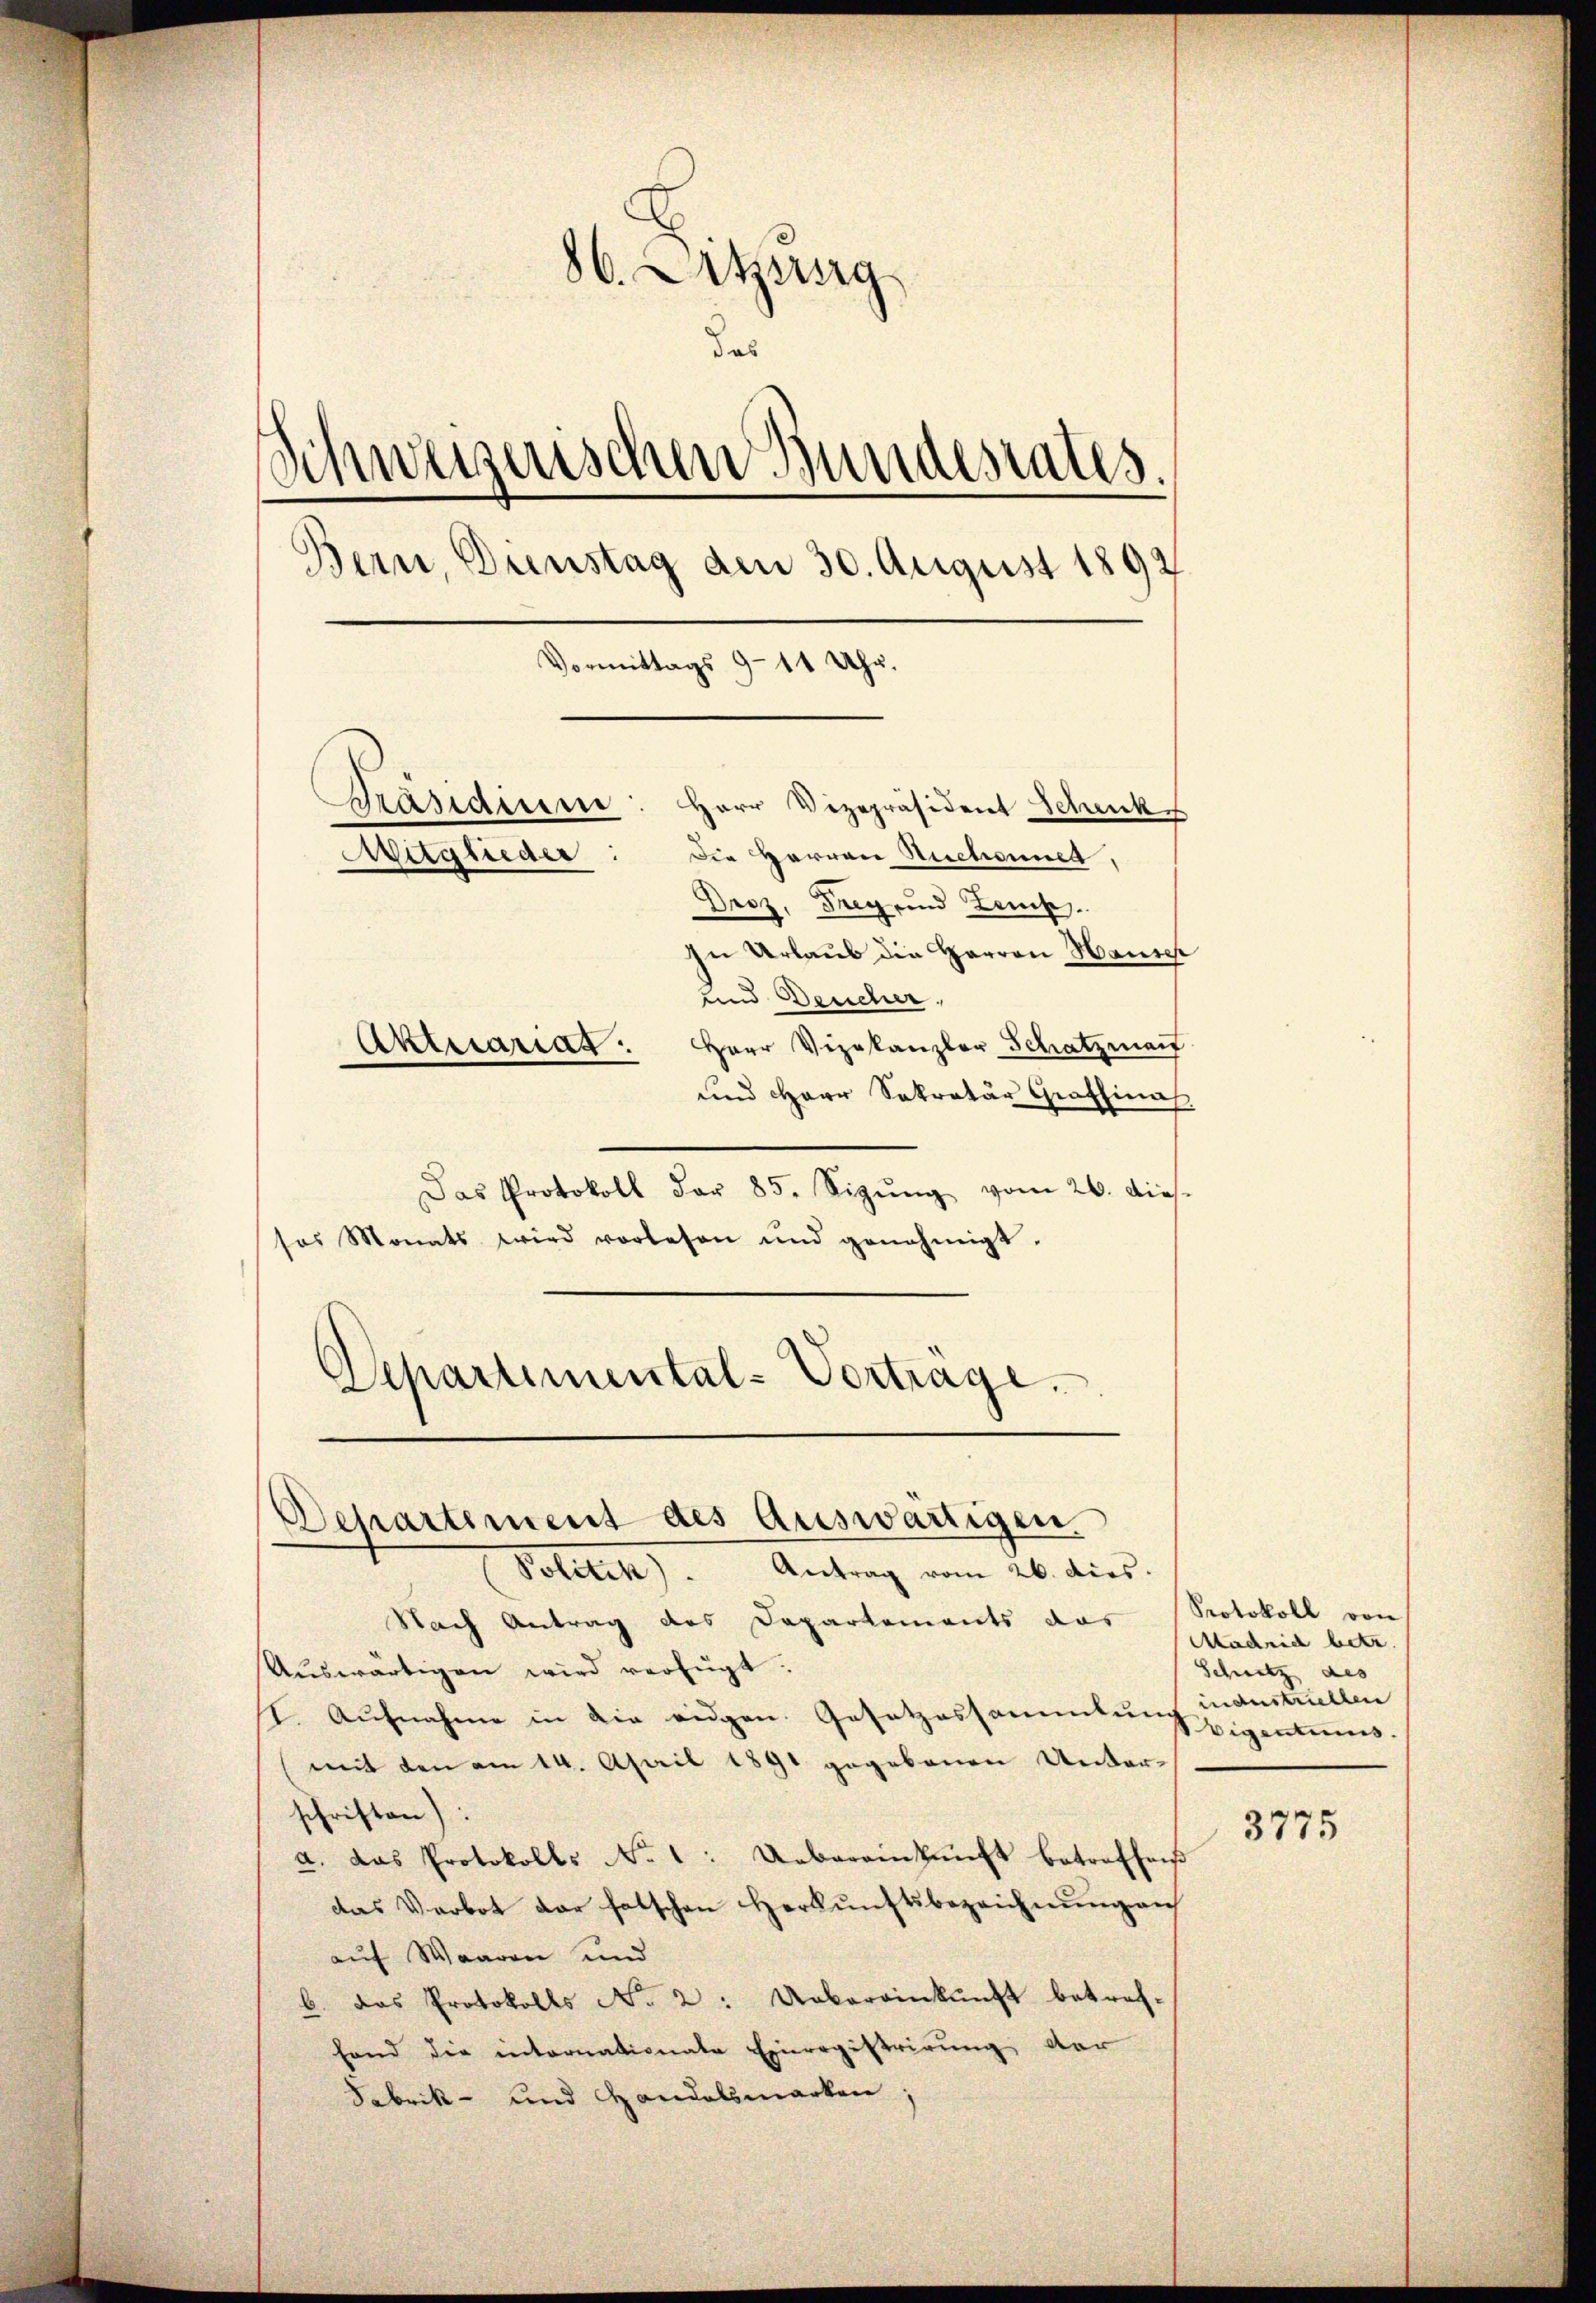
86. Letzung
das
Schweizerischen Bundesrates.
Bern, Dunstag den 30. August 1892
Vormittags 9-11 Uhr.
Präsidiume: Herr Vizepräsident Schenk
Mitglieder: die Herren Ruchannes.
Droz. Frey und Zeich.
In Urlaub die Herren Hausch
und Deucher,
Aktuariat Herr Vizekanzler Schatzmai
und Herr Sekretär Graffinal

Das Protokoll dar 85. Sizŭng vom 26. dies.
sos Monats wird vorlesen und genehmigt.
Departimental-Vortrage.

Departement des Auswärtigen.

Politik). Antrag vom 26. dies.
Nach Antrag des Departements das Protokoll von
Aŭswärtigen wird verfügt:
I. Aufnahme in die eidgen. Gesetzessammlung industriellen
mit den am 14. April 1891 gegebenen Unter-
schriften):
a. das Protokolls No 1: Uebereinkunft betreffen
das Verbot der falschen Herkunftsbezeichnŭng auf
auf Waaren und
b. das Protokolls No 2: Uebereinkunft betref-
hand die internationate Einregistrirung, dar
Fabrik- und Handelsmarken.

Madrich betr.
Schnitz des
Eigentums.

3775